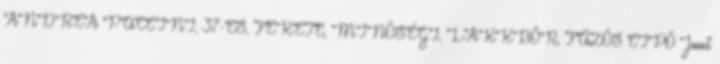
ANDREA PUCCINI, 37-ES, FEKETE, MINŐSÉGI, LAKKBŐR, FŰZŐS CIPŐ Janet